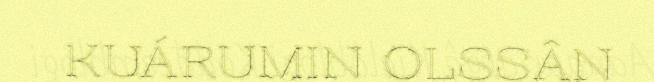
KUÁRUMIN OLSSÂN